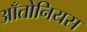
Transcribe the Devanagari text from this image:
आँतोनियस